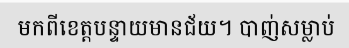
មកពីខេត្តបន្ទាយមានជ័យ។ បាញ់សម្លាប់